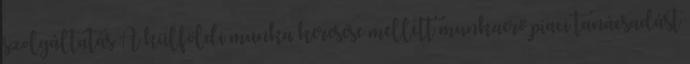
szolgáltatás A külföldi munka keresése mellett munkaerő piaci tanácsadást